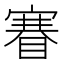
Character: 𥈽